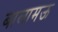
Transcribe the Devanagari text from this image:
बालामऊ